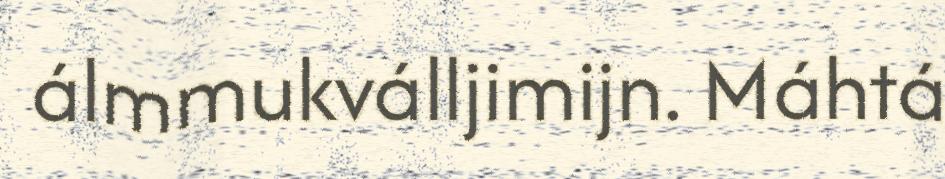
álmmukválljimijn. Máhtá